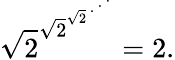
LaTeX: {\sqrt{2}}^{{\sqrt{2}}^{{\sqrt{2}}^{~\cdot^{~\cdot^{~\cdot}}}}}=2.